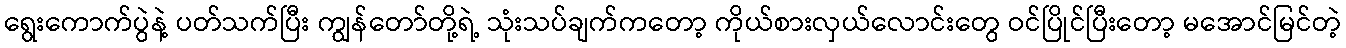
ရွေးကောက်ပွဲနဲ့ ပတ်သက်ပြီး ကျွန်တော်တို့ရဲ့ သုံးသပ်ချက်ကတော့ ကိုယ်စားလှယ်လောင်းတွေ ဝင်ပြိုင်ပြီးတော့ မအောင်မြင်တဲ့